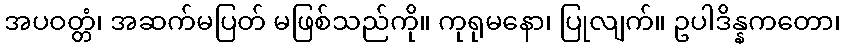
အပဝတ္တံ၊ အဆက်မပြတ် မဖြစ်သည်ကို။ ကုရုမနော၊ ပြုလျက်။ ဥပါဒိန္နကတော၊